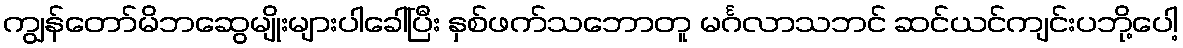
ကျွန်တော်မိဘဆွေမျိုးများပါခေါ်ပြီး နှစ်ဖက်သဘောတူ မင်္ဂလာသဘင် ဆင်ယင်ကျင်းပဘို့ပေါ့